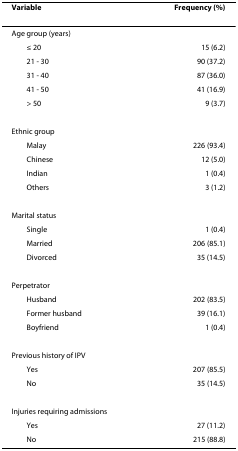
<table><thead><tr><td><b>Variable</b></td><td><b>Frequency (%)</b></td></tr></thead><tbody><tr><td>Age group (years)</td><td></td></tr><tr><td> ≤ 20</td><td>15 (6.2)</td></tr><tr><td> 21 - 30</td><td>90 (37.2)</td></tr><tr><td> 31 - 40</td><td>87 (36.0)</td></tr><tr><td> 41 - 50</td><td>41 (16.9)</td></tr><tr><td> &gt; 50</td><td>9 (3.7)</td></tr><tr><td>Ethnic group</td><td></td></tr><tr><td> Malay</td><td>226 (93.4)</td></tr><tr><td> Chinese</td><td>12 (5.0)</td></tr><tr><td> Indian</td><td>1 (0.4)</td></tr><tr><td> Others</td><td>3 (1.2)</td></tr><tr><td>Marital status</td><td></td></tr><tr><td> Single</td><td>1 (0.4)</td></tr><tr><td> Married</td><td>206 (85.1)</td></tr><tr><td> Divorced</td><td>35 (14.5)</td></tr><tr><td>Perpetrator</td><td></td></tr><tr><td> Husband</td><td>202 (83.5)</td></tr><tr><td> Former husband</td><td>39 (16.1)</td></tr><tr><td> Boyfriend</td><td>1 (0.4)</td></tr><tr><td>Previous history of IPV</td><td></td></tr><tr><td> Yes</td><td>207 (85.5)</td></tr><tr><td> No</td><td>35 (14.5)</td></tr><tr><td>Injuries requiring admissions</td><td></td></tr><tr><td> Yes</td><td>27 (11.2)</td></tr><tr><td> No</td><td>215 (88.8)</td></tr></tbody></table>